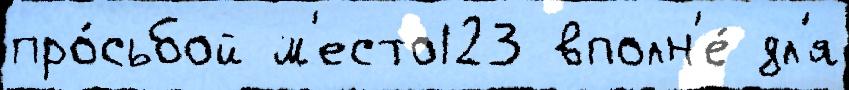
про́сьбой м'есто123 вполн'е́ дл'я